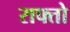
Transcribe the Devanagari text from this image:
राफ्तो